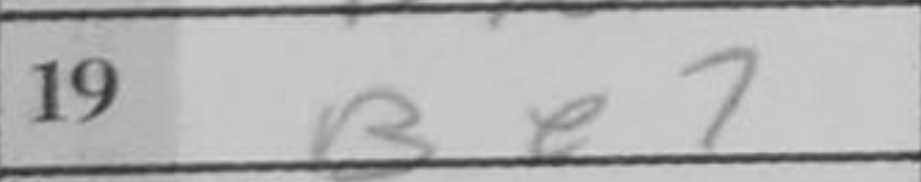
Transcription: Be7